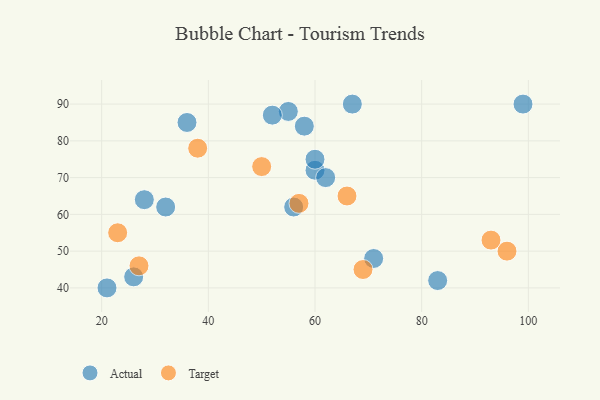
{"axis": {"x": "GDP", "y": "Life Expectancy"}, "legend": ["Actual", "Target"], "data": [{"x": "67", "y": 90, "type": "Actual"}, {"x": "55", "y": 88, "type": "Actual"}, {"x": "71", "y": 48, "type": "Actual"}, {"x": "32", "y": 62, "type": "Actual"}, {"x": "60", "y": 72, "type": "Actual"}, {"x": "99", "y": 90, "type": "Actual"}, {"x": "62", "y": 70, "type": "Actual"}, {"x": "58", "y": 84, "type": "Actual"}, {"x": "28", "y": 64, "type": "Actual"}, {"x": "36", "y": 85, "type": "Actual"}, {"x": "21", "y": 40, "type": "Actual"}, {"x": "26", "y": 43, "type": "Actual"}, {"x": "60", "y": 75, "type": "Actual"}, {"x": "52", "y": 87, "type": "Actual"}, {"x": "83", "y": 42, "type": "Actual"}, {"x": "56", "y": 62, "type": "Actual"}, {"x": "50", "y": 73, "type": "Target"}, {"x": "23", "y": 55, "type": "Target"}, {"x": "38", "y": 78, "type": "Target"}, {"x": "96", "y": 50, "type": "Target"}, {"x": "27", "y": 46, "type": "Target"}, {"x": "69", "y": 45, "type": "Target"}, {"x": "93", "y": 53, "type": "Target"}, {"x": "57", "y": 63, "type": "Target"}, {"x": "66", "y": 65, "type": "Target"}]}